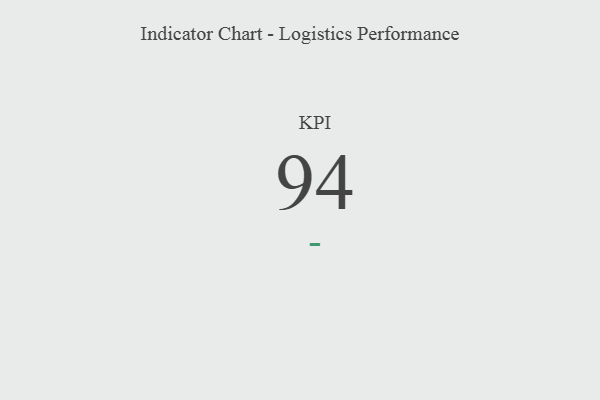
{"axis": {"x": "KPI", "y": "Value"}, "legend": [""], "data": [{"x": "KPI", "y": 94, "type": ""}]}